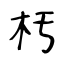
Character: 𣏓